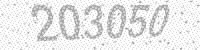
Solution: 203050